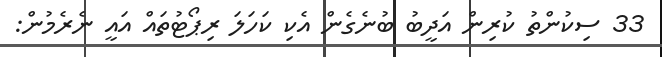
33 ސިކުންތު ކުރިން އަދީބު ބުނެގެން އެކި ކަހަލަ ރިޕޯޓުތައް އައީ ނެރެމުން: